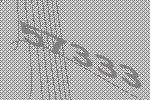
57333